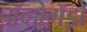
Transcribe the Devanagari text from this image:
अॅव्होगॅड्रो